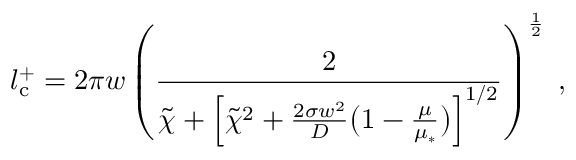
l _ { \mathrm { c } } ^ { + } = 2 \pi w \left( \frac { 2 } { \tilde { \chi } + \Bigl [ \tilde { \chi } ^ { 2 } + \frac { 2 \sigma w ^ { 2 } } { D } \bigl ( 1 - \frac { \mu } { \mu _ { * } } \bigr ) \Bigr ] ^ { 1 / 2 } } \right) ^ { \frac 1 2 } \; ,